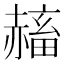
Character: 𧹴